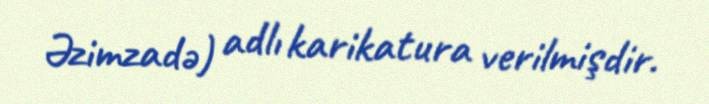
Əzimzadə) adlı karikatura verilmişdir.